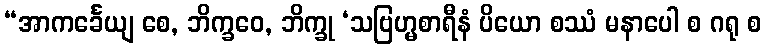
“အာကင်္ခေယျ စေ, ဘိက္ခဝေ, ဘိက္ခု ‘သဗြဟ္မစာရီနံ ပိယော စဿံ မနာပေါ စ ဂရု စ